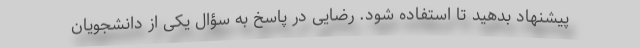
پیشنهاد بدهید تا استفاده شود. رضایی در پاسخ به سؤال یکی از دانشجویان